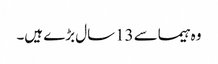
وہ ہیماسے 13سال بڑے ہیں۔